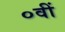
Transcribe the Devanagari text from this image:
०वीं